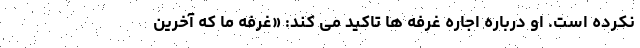
نکرده است. او درباره اجاره غرفه ها تاکید می کند: «غرفه ما که آخرین